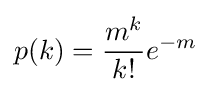
p(k)={\frac {m^{k}}{k!}}e^{-m}